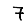
Digit: 7